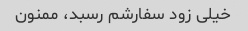
خیلی زود سفارشم رسبد، ممنون